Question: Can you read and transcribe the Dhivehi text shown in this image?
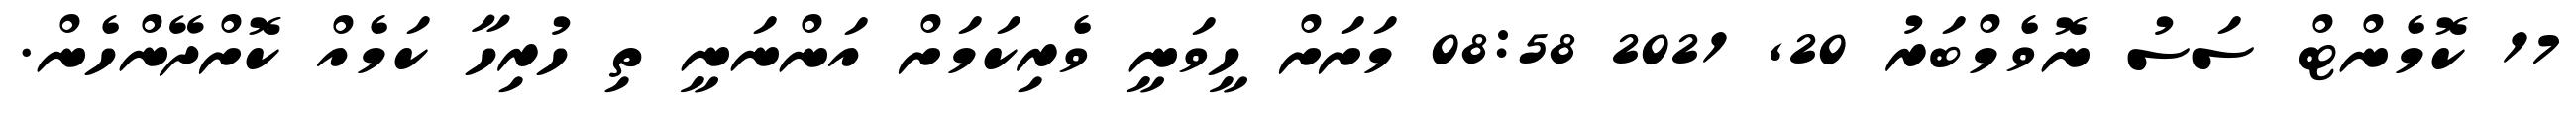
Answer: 17 ކޮމެންޓް ސަސު ނޮވެމްބަރު 20, 2021 08:58 މަށަށް ހީވަނީ ވެރިކަމަށް އަންނަނީ ތި ހުރިހާ ކަމެއް ކޮށްދޭންހެން.